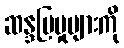
ဆန္ဒပြမှုများကို